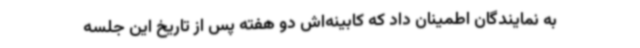
به نمایندگان اطمینان داد که کابینه‌اش دو هفته پس از تاریخ این جلسه